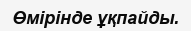
Өмірінде ұқпайды.